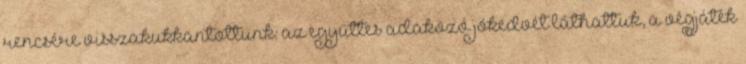
rencsére visszakukkantottunk: az együttes adakozó jókedvét láthattuk, a végjáték